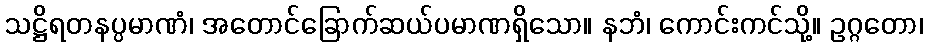
သဋ္ဌိရတနပ္ပမာဏံ၊ အတောင်ခြောက်ဆယ်ပမာဏရှိသော။ နဘံ၊ ကောင်းကင်သို့။ ဥဂ္ဂတော၊